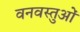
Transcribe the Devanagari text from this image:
वनवस्तुओं